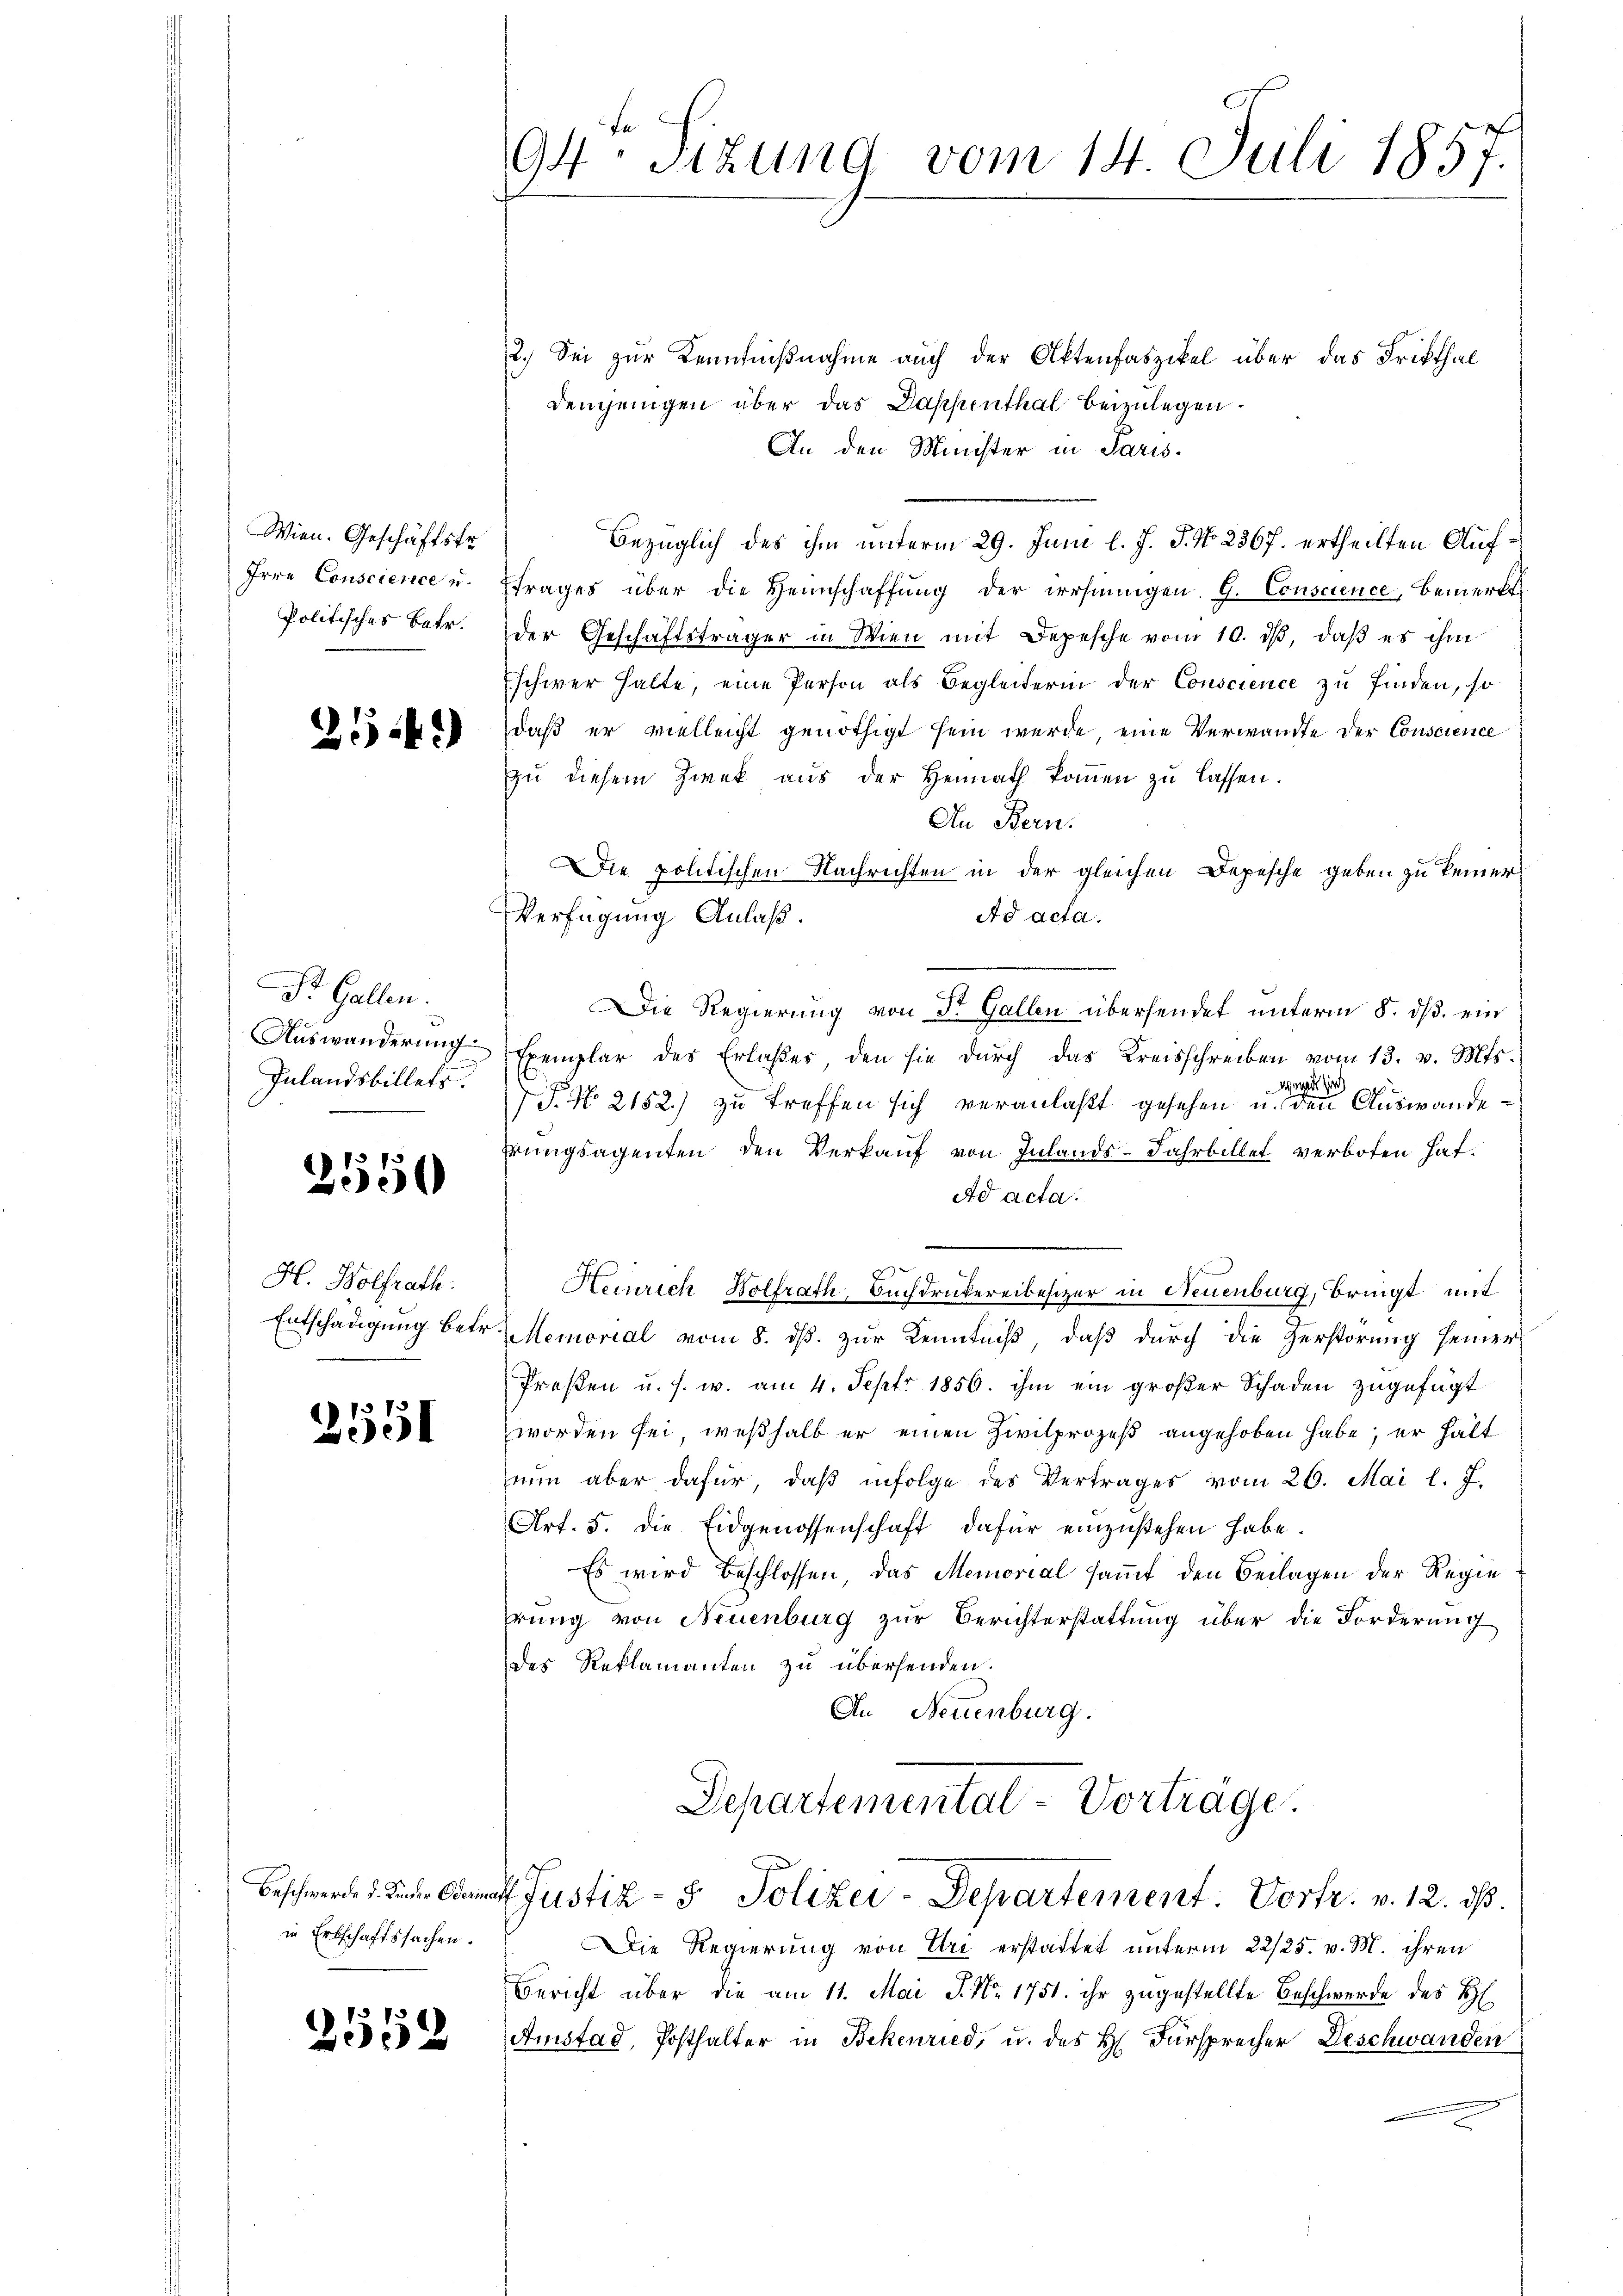
Wien. Geschäftstr.
Irre Conscience u.
Politisches Betr.

254)

St. Gallen.
Auswanderung
Inlandsbillets.

2550

H. Wolfrath.
Entschädigung betr.

2551

Beschwerde d. Kinder Odermar
in Erbschaftssachen.

2559

94. Sitzung vom 14. Juli 1857.

2.) Sei zur Kenntnißnahme auch der Aktenfaszikel über das Fristhal
demjenigen über das Dappenthal beizulegen.
An den Minister in Paris.
Bezüglich des ihm unterm 29. Juni l. J. J. No 2367. ertheilten Auffrages über die Heimschaffŭng der irrhnŭngen. G. Conscience, bemerkt
der Geschäftsträger in Wien mit Depesche vom 10. ds, daß es ihm
schwer halte, eine Person als Begleiterin der Conscience zu finden, so
daß er vielleicht genöthigt sein wurde eine Verwandte der Conscience
zu diesem Zwek aus der Heimath koṁen zŭ lassen.
An Bern.
Die politischen Nachrichten in der gleichen Depesche geben zu keiner
Ad acta.
Verfügung Anlaß.
Die Regierung von Dr. Gallen übersendet unterm 8. ds. ein
Exemplar des Erlasses den sie durch das Kreisschreiben vom 13. v. Mts.
gerade si
P. No 2152) zu treffen sich veranlaßt gesehen u. den Auswanderungsagenten den Verkauf von Inlands-Jahrbillet verboten hat.
Ad acta.
Heinrich Wolfrath, Buchdruckereibesizer in Neuenburg, bringt mit
Memorial vom 8. ds. zur Kenntniß, daß durch die Zerstörung seiner
Preßen u. s. w. am 4. Sept. 1856. ihm ein großer Schaden zugefügt
worden sei, weßhalb er einen Zivilprozeß angehoben habe; er hält
nun aber dafür, daß infolge des Vertrages vom 26. Mai l. J.
Art. 5. die Eidgenossenschaft dafür einzustehen habe.
Es wird beschlossen, das Memorial samt den Beilagen der Regie
hrung von Neuenburg zur Berichterstattung über die Forderung
des Reklamanten zu übersenden.
An Neuenburg.
Departemental-Vortrage.
Justiz- & Polizei-Departement. Vortr. v. 12. ds.
Die Regierung von Uri erstattet unterm 22/25. v. M. ihren
Bericht über die am 11. Mai J. Nr. 1751. ihr zugestellte Beschwerde des H
Amstad, Posthalter in Bekenried, u. des H. Fürsprecher Deschwanden